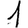
Digit: 1